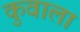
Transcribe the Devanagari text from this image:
कुवाला